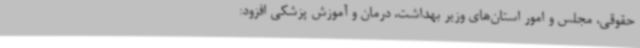
حقوقی، مجلس و امور استان‌های وزیر بهداشت، درمان و آموزش پزشکی افزود: